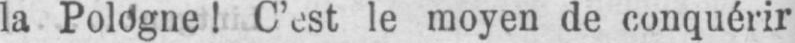
la Pologne! C’est le moyen de conquérir